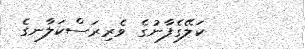
ކަލޭގެފާނުގެ ވެރިރަސްކަލާނގެ